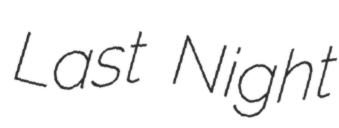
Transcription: Last Night